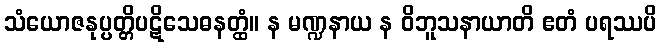
သံယောဇနုပ္ပတ္တိပဋိသေဓနတ္ထံ။ န မဏ္ဍနာယ န ဝိဘူသနာယာတိ ဧတံ ပရဿပိ